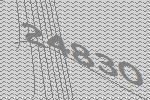
24830